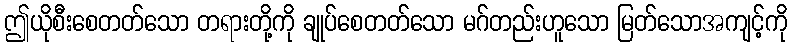
ဤယိုစီးစေတတ်သော တရားတို့ကို ချုပ်စေတတ်သော မဂ်တည်းဟူသော မြတ်သောအကျင့်ကို